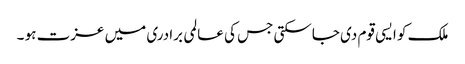
ملک کو ایسی قوم دی جاسکتی جس کی عالمی برادری میں عزت ہو ۔